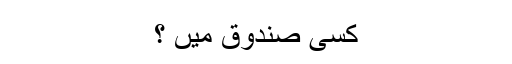
کسی صندوق میں ؟